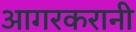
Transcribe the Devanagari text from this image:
आगरकरानी